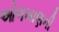
ઓળખાણની